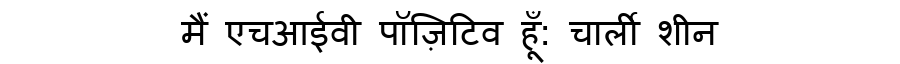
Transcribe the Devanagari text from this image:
मैं एचआईवी पॉज़िटिव हूँ: चार्ली शीन